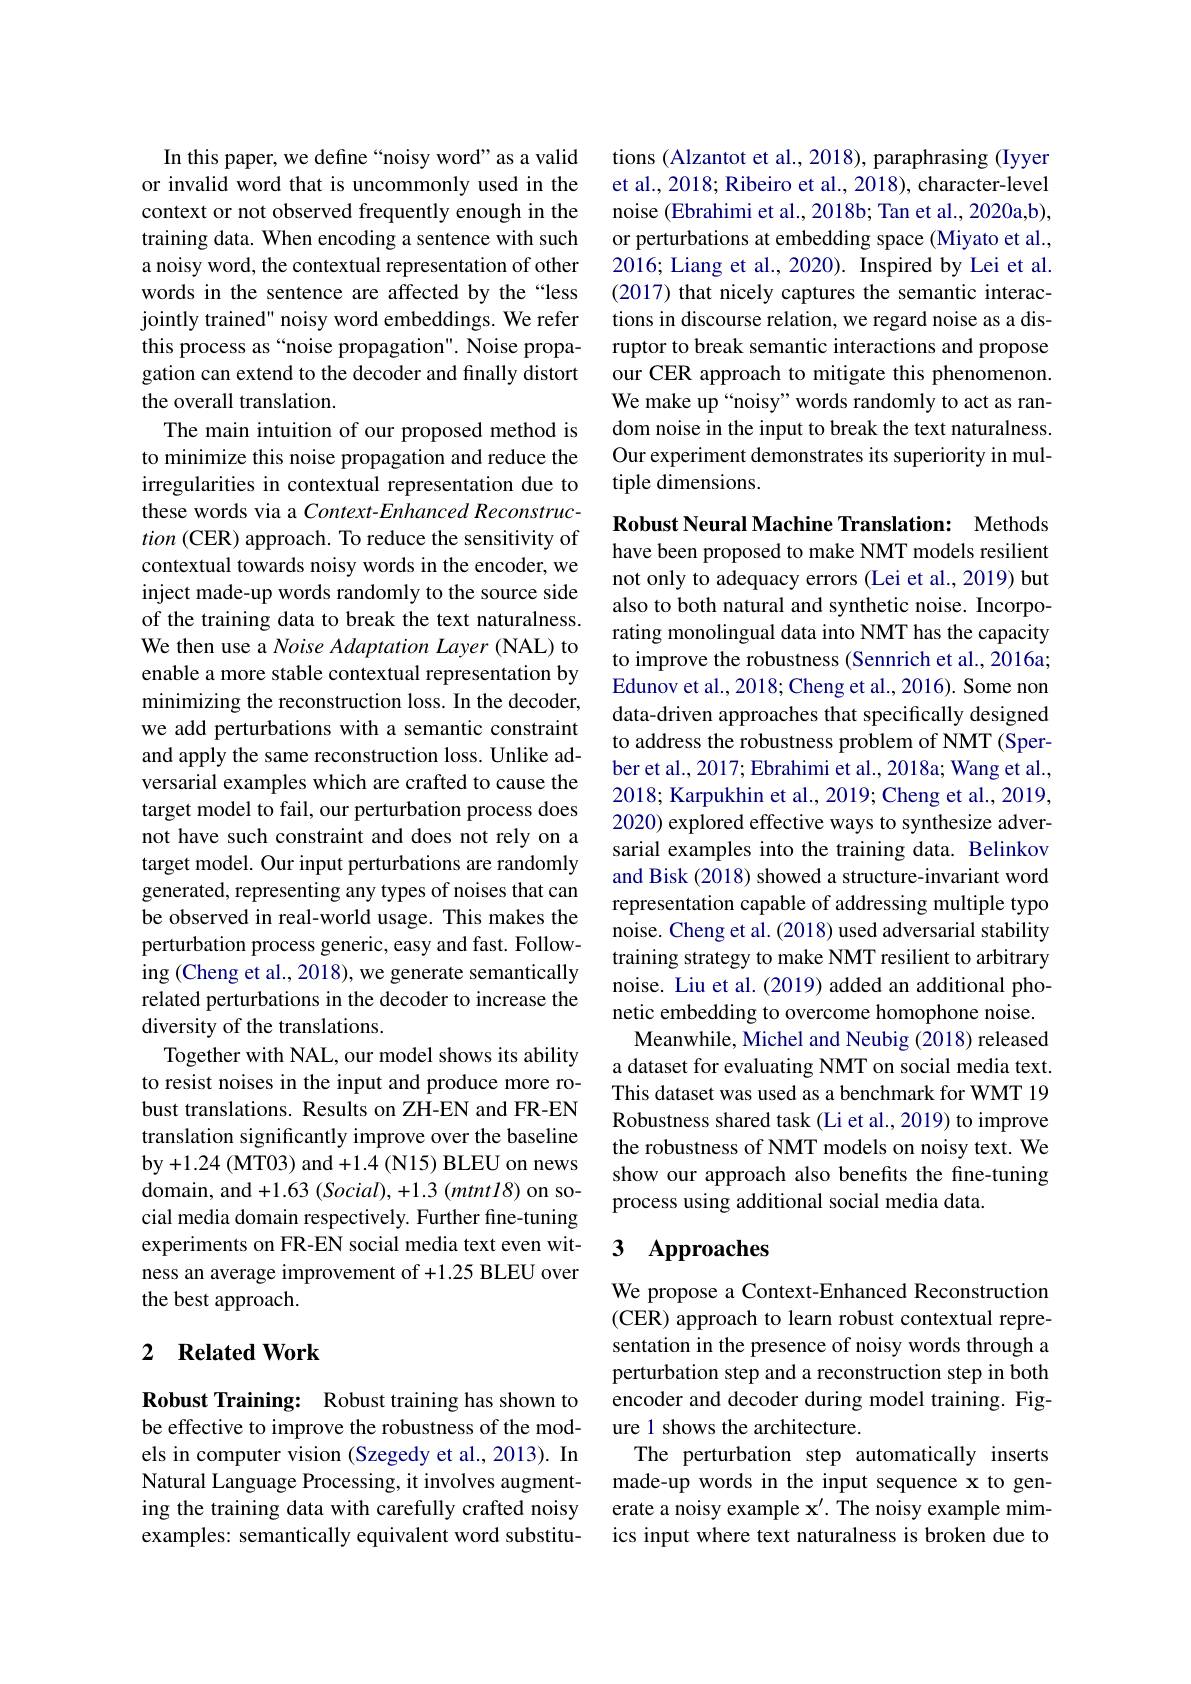
In this paper, we define“noisy word”as a valid or invalid word that is uncommonly used in the context or not observed frequently enough in the training data. When encoding a sentence with such a noisy word, the contextual representation of other words in the sentence are affected by the“less jointly trained" noisy word embeddings. We refer this process as“noise propagation". Noise propagation can extend to the decoder and finally distort the overall translation.
The main intuition of our proposed method is to minimize this noise propagation and reduce the irregularities in contextual representation due to these words via a Context-Enhanced Reconstruction (CER) approach. To reduce the sensitivity of contextual towards noisy words in the encoder, we inject made-up words randomly to the source side of the training data to break the text naturalness. We then use a Noise Adaptation Layer (NAL) to enable a more stable contextual representation by minimizing the reconstruction loss. In the decoder, we add perturbations with a semantic constraint and apply the same reconstruction loss. Unlike adversarial examples which are crafted to cause the target model to fail, our perturbation process does not have such constraint and does not rely on a target model. Our input perturbations are randomly generated, representing any types of noises that can be observed in real-world usage. This makes the perturbation process generic, easy and fast. Following (Cheng et al., 2018), we generate semantically related perturbations in the decoder to increase the diversity of the translations.
Together with NAL, our model shows its ability to resist noises in the input and produce more robust translations. Results on ZH-EN and FR-EN translation significantly improve over the baseline by+ 1. 24 ( MT03) and+ 1. 4 ( N15) BLEU on news domain, and $+1.63\pmod{(Social)},+1.3\pmod{(mtntl8)}$ on social media domain respectively. Further fine-tuning experiments on FR-EN social media text even witness an average improvement of +1.25 BLEU over the best approach.

## 2 $\textbf{Related Work}$

Robust Training: Robust training has shown to be effective to improve the robustness of the models in computer vision (Szegedy et al., 2013). In Natural Language Processing, it involves augmenting the training data with carefully crafted noisy examples: semantically equivalent word substitu-

tions (Alzantot et al., 2018), paraphrasing (Iyyer et al., 2018; Ribeiro et al., 2018), character-level noise (Ebrahimi et al., 2018b; Tan et al., 2020a,b), or perturbations at embedding space (Miyato et al., 2016; Liang et al., 2020). Inspired by Lei et al. (2017) that nicely captures the semantic interactions in discourse relation, we regard noise as a disruptor to break semantic interactions and propose our CER approach to mitigate this phenomenon. We make up“noisy”words randomly to act as random noise in the input to break the text naturalness. Our experiment demonstrates its superiority in multiple dimensions.

Robust Neural Machine Translation: Methods have been proposed to make NMT models resilient not only to adequacy errors (Lei et al., 2019) but also to both natural and synthetic noise. Incorporating monolingual data into NMT has the capacity to improve the robustness (Sennrich et al., 2016a; $\bar{\text{Edunov et al., 2018; Cheng et al., 2016). Some non}}$ data-driven approaches that specifically designed to address the robustness problem of NMT (Sperber et al., 2017; Ebrahimi et al., 2018a; Wang et al., 2018; Karpukhin et al., 2019; Cheng et al., 2019, 2020) explored effective ways to synthesize adversarial examples into the training data. Belinkov and Bisk (2018) showed a structure-invariant word representation capable of addressing multiple typo noise. Cheng et al. (2018) used adversarial stability training strategy to make NMT resilient to arbitrary noise. Liu et al. (2019) added an additional phonetic embedding to overcome homophone noise. Meanwhile, Michel and Neubig (2018) released
a dataset for evaluating NMT on social media text. This dataset was used as a benchmark for WMT 19 Robustness shared task (Li et al., 2019) to improve the robustness of NMT models on noisy text. We show our approach also benefits the fine-tuning process using additional social media data.

### 3 $\mathbf{Approaches}$

We propose a Context-Enhanced Reconstruction (CER) approach to learn robust contextual representation in the presence of noisy words through a perturbation step and a reconstruction step in both encoder and decoder during model training. Figure 1 shows the architecture.
The perturbation step automatically inserts made-up words in the input sequence x to generate a noisy example $\mathbf{x}^{\prime}.$ The noisy example mimics input where text naturalness is broken due to